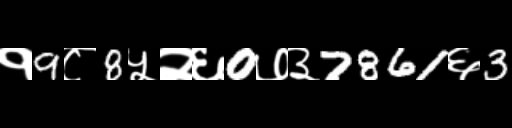
Text: १9८8५२६0७३7861६3